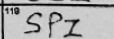
Transcription: SPZ